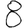
Digit: 8